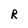
Character: R